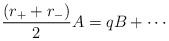
LaTeX: \begin{align*}\frac{(r_{+}+r_{-})}{2}A=qB+\cdots \end{align*}